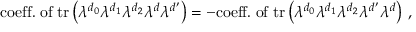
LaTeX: \mathrm { c o e f f . \; o f } \; \mathrm { t r } \left( \lambda ^ { d _ { 0 } } \lambda ^ { d _ { 1 } } \lambda ^ { d _ { 2 } } \lambda ^ { d } \lambda ^ { d ^ { \prime } } \right) = - \mathrm { c o e f f . \; o f } \; \mathrm { t r } \left( \lambda ^ { d _ { 0 } } \lambda ^ { d _ { 1 } } \lambda ^ { d _ { 2 } } \lambda ^ { d ^ { \prime } } \lambda ^ { d } \right) \, ,